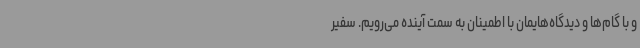
و با گام‌ها و دیدگاه‌هایمان با اطمینان به سمت آینده می‌رویم. سفیر